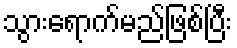
သွားရောက်မည်ဖြစ်ပြီး